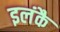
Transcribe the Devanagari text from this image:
इलंकै